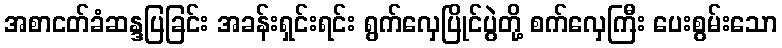
အစာငတ်ခံဆန္ဒပြခြင်း အခန်းရှင်းရင်း ရွက်လှေပြိုင်ပွဲတို့ စက်လှေကြီး ပေးစွမ်းသော